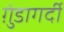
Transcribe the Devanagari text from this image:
ग़ुंडागर्दी